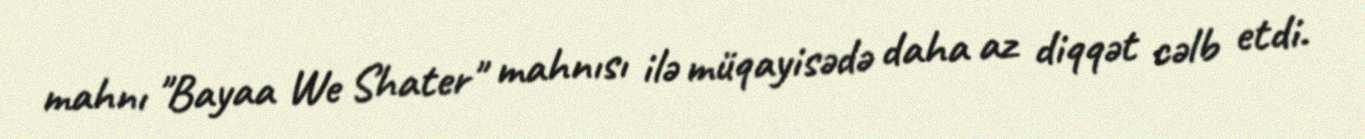
mahnı "Bayaa We Shater" mahnısı ilə müqayisədə daha az diqqət cəlb etdi.